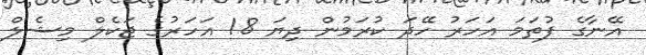
އޭނާގެ ފުތަމަ އަހަރު ހޭދަ ކުރަމުން ދިޔަ 18 އަހަރުގެ ޖަކެލް މިޝެލް